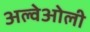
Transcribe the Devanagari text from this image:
अल्वेओली